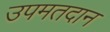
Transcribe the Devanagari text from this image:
उपमतदान